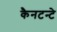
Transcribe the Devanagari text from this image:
कैनटन्टे